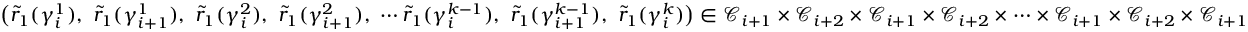
\bigl ( \widetilde { r } _ { 1 } ( \gamma _ { i } ^ { 1 } ) , \ \widetilde { r } _ { 1 } ( \gamma _ { i + 1 } ^ { 1 } ) , \ \widetilde { r } _ { 1 } ( \gamma _ { i } ^ { 2 } ) , \ \widetilde { r } _ { 1 } ( \gamma _ { i + 1 } ^ { 2 } ) , \ \cdots \widetilde { r } _ { 1 } ( \gamma _ { i } ^ { k - 1 } ) , \ \widetilde { r } _ { 1 } ( \gamma _ { i + 1 } ^ { k - 1 } ) , \ \widetilde { r } _ { 1 } ( \gamma _ { i } ^ { k } ) \bigr ) \in \mathcal { C } _ { i + 1 } \times \mathcal { C } _ { i + 2 } \times \mathcal { C } _ { i + 1 } \times \mathcal { C } _ { i + 2 } \times \cdots \times \mathcal { C } _ { i + 1 } \times \mathcal { C } _ { i + 2 } \times \mathcal { C } _ { i + 1 }